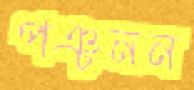
পঞ্চনন